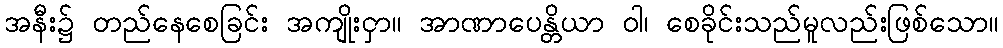
အနီး၌ တည်နေစေခြင်း အကျိုးငှာ။ အာဏာပေန္တိယာ ဝါ၊ စေခိုင်းသည်မူလည်းဖြစ်သော။